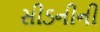
સીડનીની